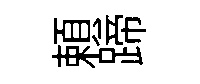
頼蹄